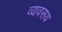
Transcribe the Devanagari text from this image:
व्यवसय